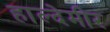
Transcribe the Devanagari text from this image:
हाल्देमीर